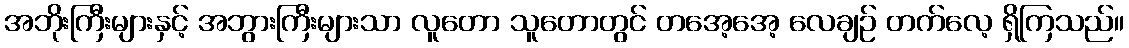
အဘိုးကြီးများနှင့် အဘွားကြီးများသာ လူတော သူတောတွင် တအေ့အေ့ လေချဉ် တက်လေ့ ရှိကြသည်။